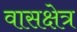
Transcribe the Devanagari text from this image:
वासक्षेत्र